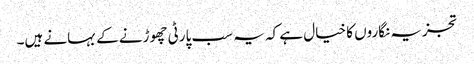
تجزیہ نگاروں کا خیال ہے کہ یہ سب پارٹی چھوڑنے کے بہانے ہیں۔